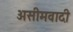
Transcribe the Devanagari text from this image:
असीमवादी